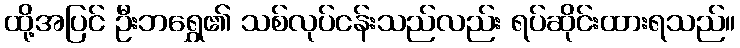
ထို့အပြင် ဦးဘရွှေ၏ သစ်လုပ်ငန်းသည်လည်း ရပ်ဆိုင်းထားရသည်။